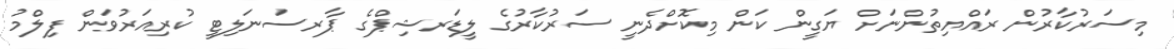
މިސަރުކާރުން ރައްޔިތުންނަށް ޔަގީން ކަން މިކޮށްދެނީ ސަރުކާރުގެ ލީޑަރޝިޕްގެ ޕާރސަނަލިޓީ ކުރިއަރުވަން ފިލްމު